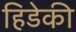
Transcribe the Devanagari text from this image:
हिडेकी